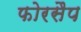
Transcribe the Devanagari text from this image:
फोरसैप